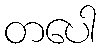
တပေါ